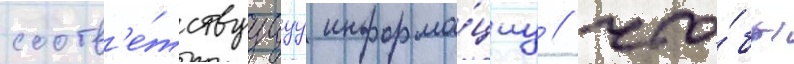
соотв'е́тствуущуу информа́циу / что́бы